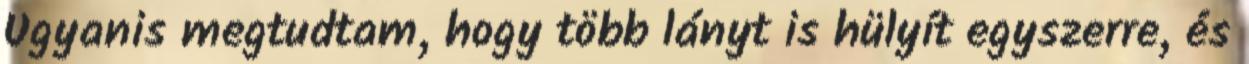
Ugyanis megtudtam, hogy több lányt is hülyít egyszerre, és